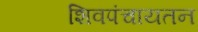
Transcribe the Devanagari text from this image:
शिवपंचायतन